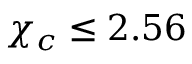
\chi _ { c } \leq 2 . 5 6